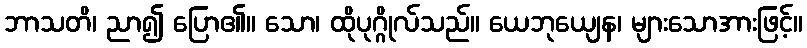
ဘာသတိ၊ ညာ၍ ပြော၏။ သော၊ ထိုပုဂ္ဂိုလ်သည်။ ယေဘုယျေန၊ များသောအားဖြင့်။